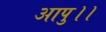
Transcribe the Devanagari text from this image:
आपु।।